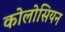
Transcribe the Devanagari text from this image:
कोलोसियन